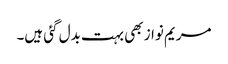
مریم نواز بھی بہت بدل گئی ہیں۔